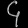
Digit: ၄